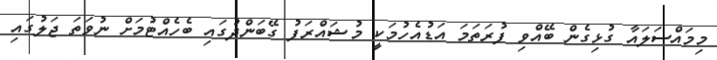
މިމައްސަލައާ ގުޅިގެން ބޭއްވި ފުރަތަމަ އަޑުއެހުމަކީ މުޝައްރަފު ގޭބަންދުގައި ބެހެއްޓުމަށް ނުވަތަ ޖަލުގައި